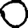
Digit: 0